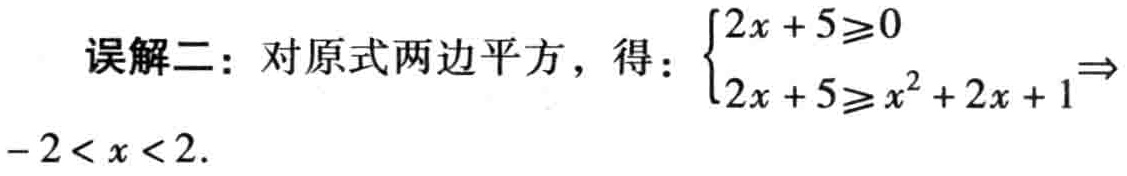
误解二：对原式两边平方，得：$\begin{cases}2x + 5\geqslant0 \\2x + 5\geqslant x^{2} + 2x + 1\end{cases}\Rightarrow - 2< x < 2.$